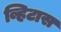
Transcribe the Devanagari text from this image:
व्हिटास